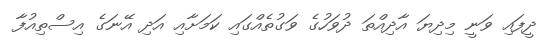
ދީފައި ވަނީ މިދިޔަ އާދިއްތަ ދުވަހުގެ ވަގުތެއްގައި ކަަމަށާއި އަދި އޭނަގެ އިސްތިއުފާ